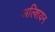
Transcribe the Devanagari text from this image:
अल्शियन